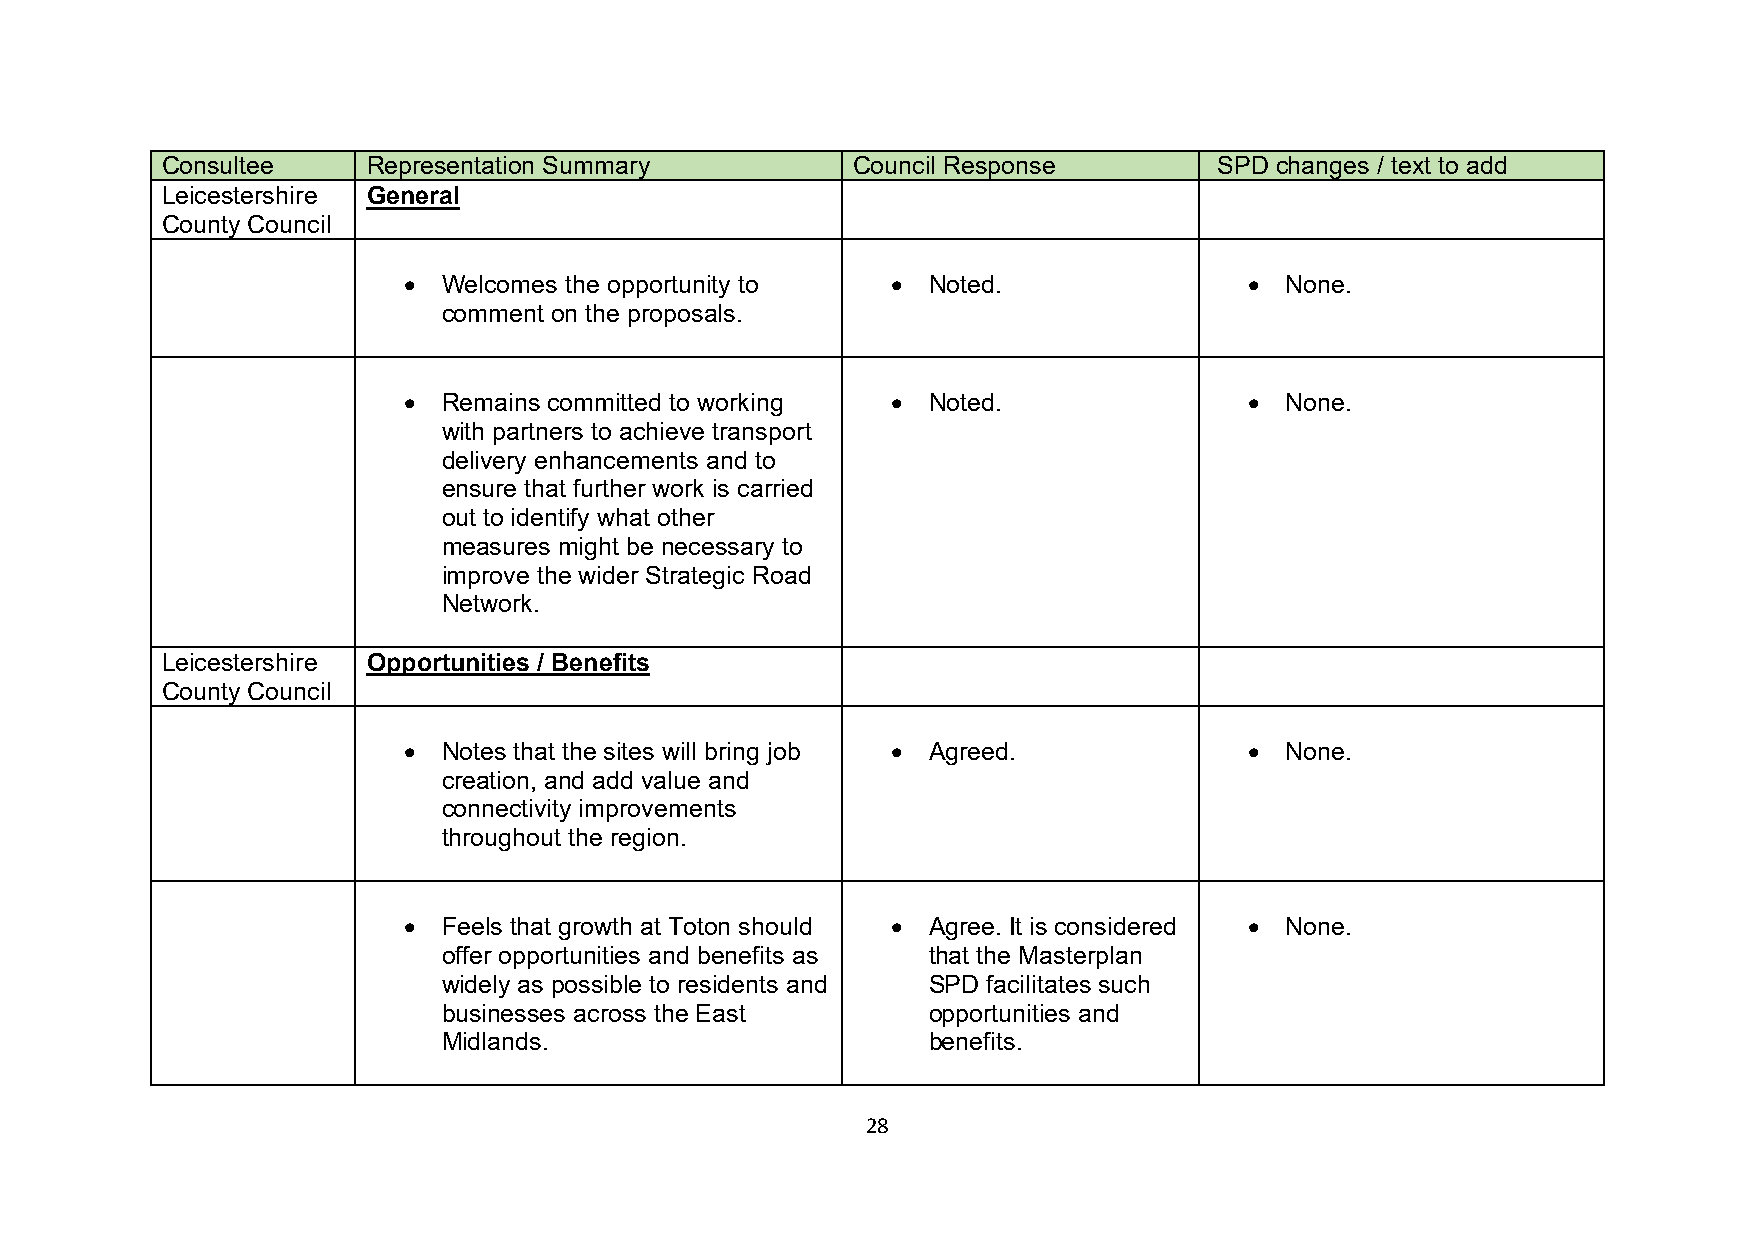
Consultee    Representation Summary          Council Response         SPD changes / text to add
 Leicestershire General
 County Council
 • Welcomes the opportunity to   • Noted.                • None.
 comment on the proposals.
 • Remains committed to working  • Noted.                • None.
 with partners to achieve transport
 delivery enhancements and to
 ensure that further work is carried
 out to identify what other
 measures might be necessary to
 improve the wider Strategic Road
 Network.
 Leicestershire Opportunities / Benefits
 County Council
 • Notes that the sites will bring job • Agreed.         • None.
 creation, and add value and
 connectivity improvements
 throughout the region.
 • Feels that growth at Toton should • Agree. It is considered • None.
 offer opportunities and benefits as that the Masterplan
 widely as possible to residents and SPD facilitates such
 businesses across the East      opportunities and
 Midlands.                       benefits.
 28